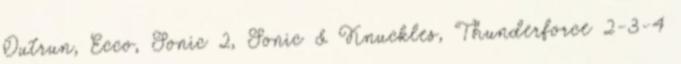
Outrun, Ecco, Sonic 2, Sonic & Knuckles, Thunderforce 2-3-4